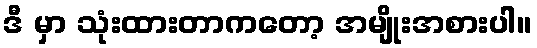
ဒီ မှာ သုံးထားတာကတော့ အမျိုးအစားပါ။